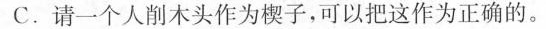
C.请一个人削木头作为楔子，可以把这作为正确的。